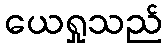
ယေရှုသည်